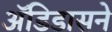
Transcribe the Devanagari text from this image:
अॅडिडासने